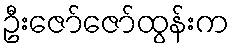
ဦးဇော်ဇော်ထွန်းက